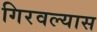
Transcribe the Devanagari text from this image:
गिरवल्यास